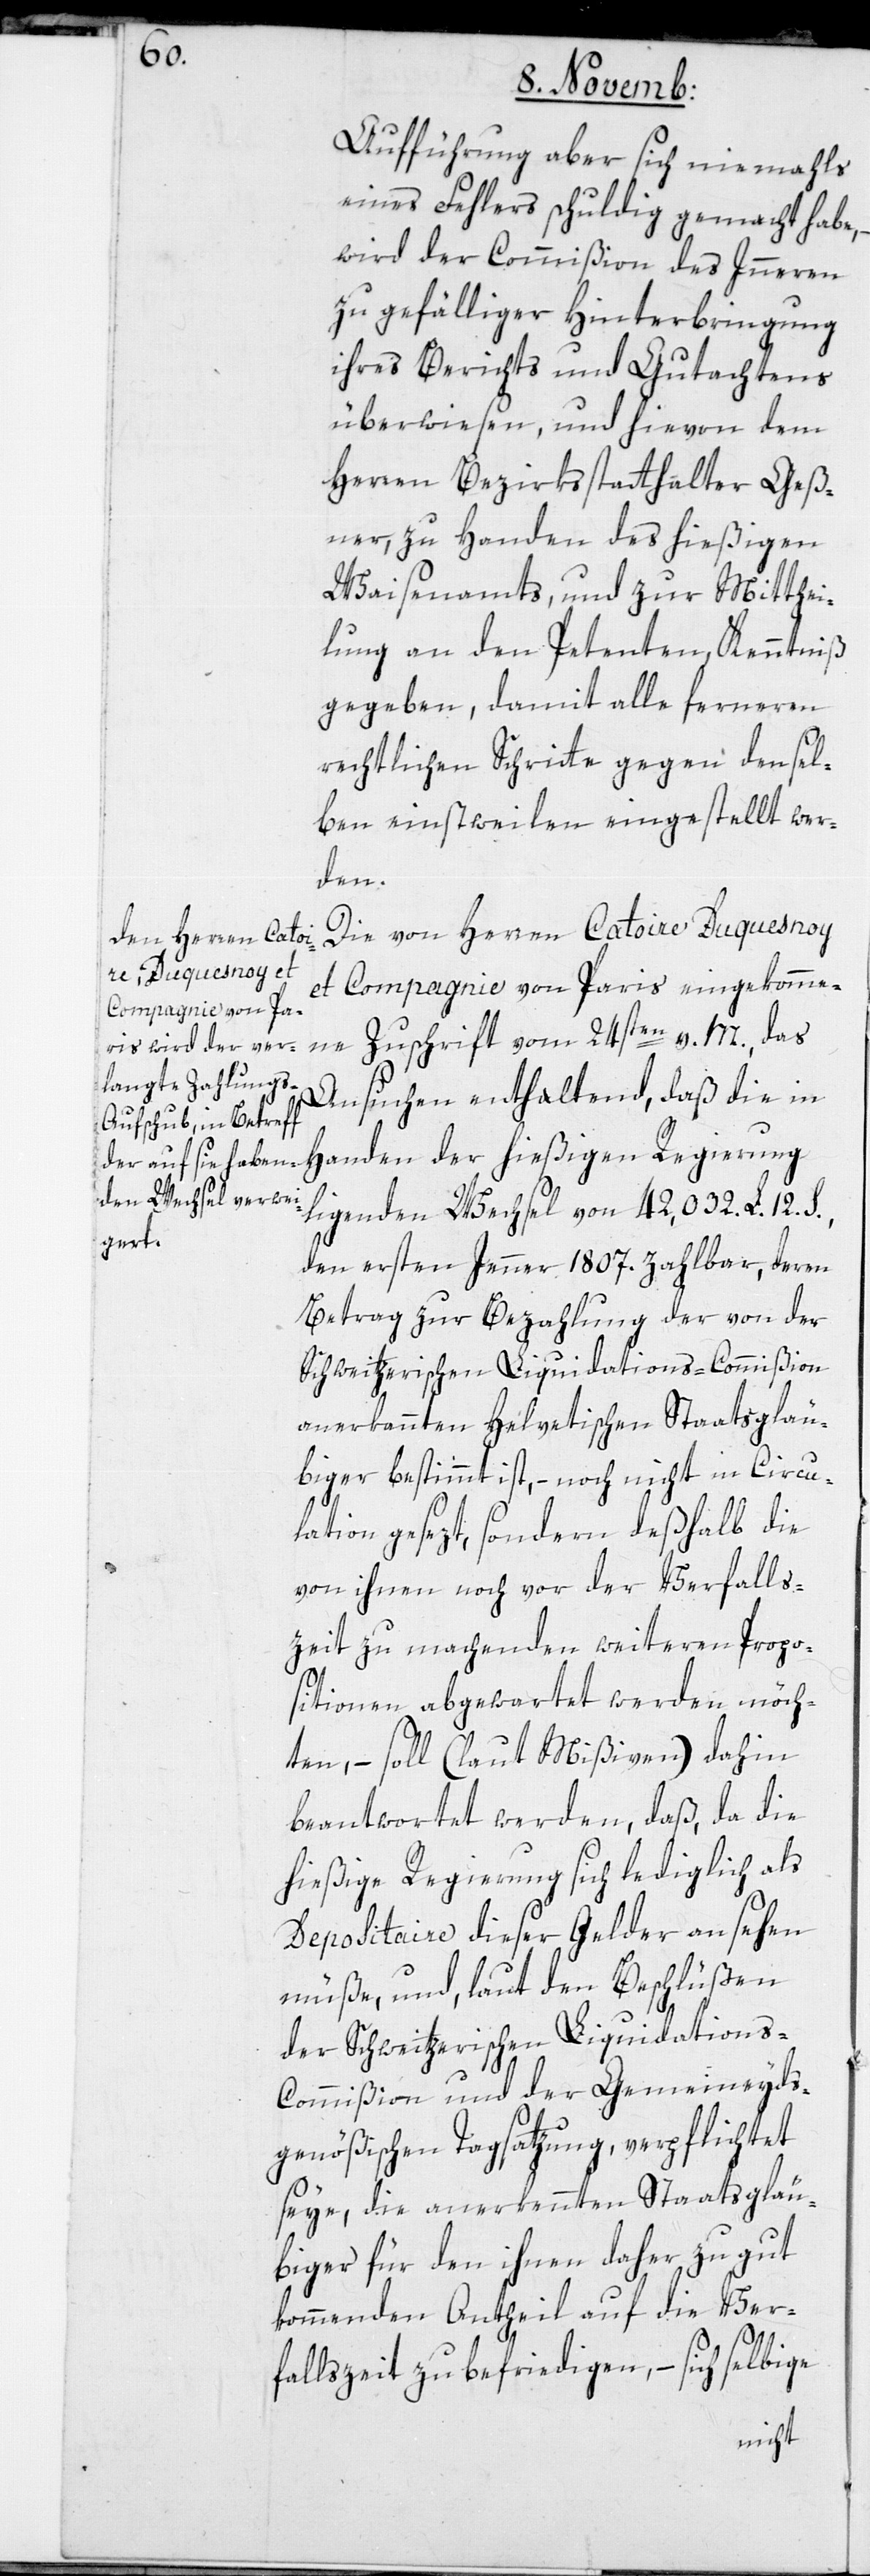
Aufführung aber sich niemahls
eines Fehlers schuldig gemacht habe,
wird der Commißion des Inneren
zu gefälliger Hinterbringung
ihres Berichts und Gutachtens
überwiesen, und hievon dem
Herren Bezirksstatthalter Geß¬
ner, zu Handen des hießigen
Waisenamts und zur Mitthei¬
lung an den Petenten Kenntniß
gegeben, damit alle ferneren
rechtlichen Schritte gegen densel¬
ben einstweilen eingestellt wer¬
den.
Die von Herren Catoire Duquesnoy
et Compagnie von Paris eingekomme¬
ne Zuschrift vom 24sten v. M., das
Ansuchen enthaltend, daß die in
Handen der hießigen Regierung
liegenden Wechsel von 42 032. L. 12. S.,
den ersten Jenner 1807. zahlbar, deren
Betrag zur Bezahlung der von der
Schweitzerischen Liquidations-Commißion
anerkannten Helvetischen Staatsgläu¬
biger bestimmt ist, – noch nicht in Circu¬
lation gesezt, sondern deßhalb die
von ihnen noch vor der Verfalls¬
zeit zu machenden weiteren Propo¬
sitionen abgewartet werden möch¬
ten, – soll (laut Mißiven) dahin
beantwortet werden, daß da die
hießige Regierung sich lediglich als
Depositaire dieser Gelder ansehen
müße, und, laut den Beschlüßen
der Schweitzerischen Liquidation¬
s-Commißion und der Gemeineyds¬
genößischen Tagsatzung, verpflichtet
seye, die anerkennten Staatsgläu¬
biger für den ihnen daher zu gut
kommenden Antheil auf die Ver¬
fallszeit zu befriedigen, – sich selbige